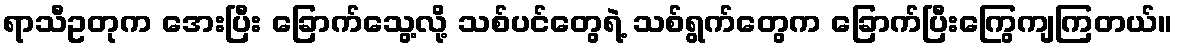
ရာသီဥတုက အေးပြီး ခြောက်သွေ့လို့ သစ်ပင်တွေရဲ့ သစ်ရွက်တွေက ခြောက်ပြီးကြွေကျကြတယ်။